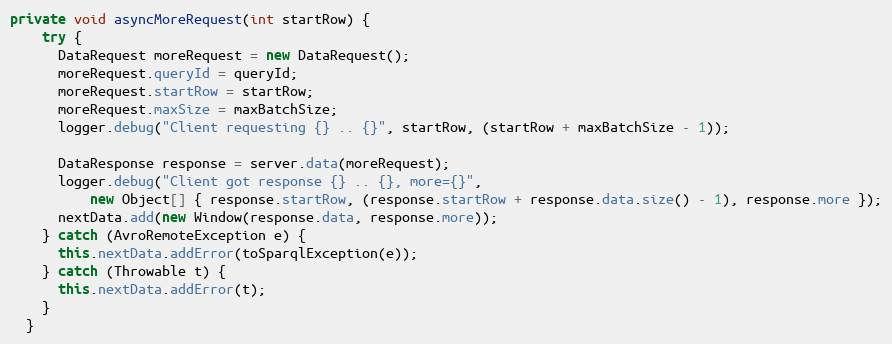
Language: Java
private void asyncMoreRequest(int startRow) {
    try {
      DataRequest moreRequest = new DataRequest();
      moreRequest.queryId = queryId;
      moreRequest.startRow = startRow;
      moreRequest.maxSize = maxBatchSize;
      logger.debug("Client requesting {} .. {}", startRow, (startRow + maxBatchSize - 1));

      DataResponse response = server.data(moreRequest);
      logger.debug("Client got response {} .. {}, more={}",
          new Object[] { response.startRow, (response.startRow + response.data.size() - 1), response.more });
      nextData.add(new Window(response.data, response.more));
    } catch (AvroRemoteException e) {
      this.nextData.addError(toSparqlException(e));
    } catch (Throwable t) {
      this.nextData.addError(t);
    }
  }